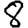
Digit: 8